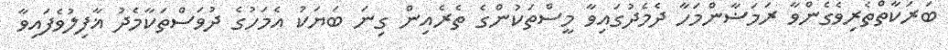
ބަރަކާތްތެރިވެގެންވާ ރަމަޟާންމަހާ ދެމެދުގައިވާ މީސްތަކުންގެ ތެރެއިން ގިނަ ބަޔަކު އެމަހުގެ ދުވަސްތަކާމެދު ޣާފިލުވެފައިވާ